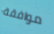
موافقة